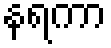
နရကာ